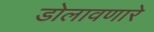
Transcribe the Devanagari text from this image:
डोलावणारे